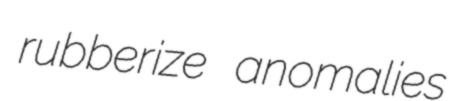
rubberize anomalies